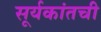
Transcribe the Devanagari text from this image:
सूर्यकांतची